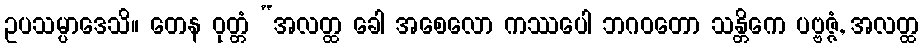
ဥပသမ္ပာဒေသိ။ တေန ဝုတ္တံ “အလတ္ထ ခေါ အစေလော ကဿပေါ ဘဂဝတော သန္တိကေ ပဗ္ဗဇ္ဇံ, အလတ္ထ